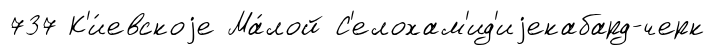
737 К'и́евскоjе Ма́лой С'елохам'ид'иjекабард-черк